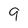
Character: 9